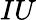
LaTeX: IU